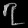
Digit: ၇